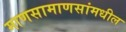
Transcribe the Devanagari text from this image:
माणसामाणसांमधील